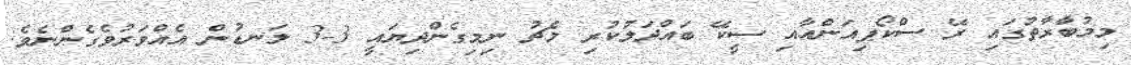
މިމުބާރާތުގައި ރޭ ސްކޯޕިއަންއާއި ސީކޭ ބައްދަލުކުރި މެޗު ނިމިގެންދިޔައީ 3-3 ލަނޑުން އެއްވަރުވެގެންނެވެ.